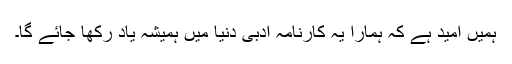
ہمیں امید ہے کہ ہمارا یہ کارنامہ ادبی دنیا میں ہمیشہ یاد رکھا جائے گا۔